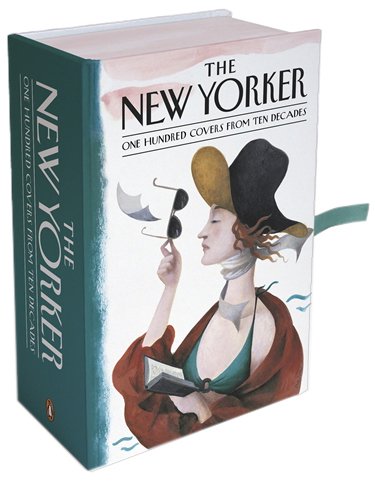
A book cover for Postcards from the New Yorker: One Hundred Covers from Ten Decades; Crafts, Hobbies & Home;